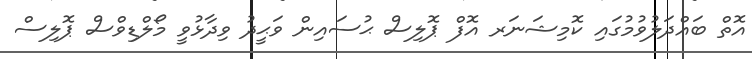
އޮތް ބައްދަލުވުމުގައި ކޮމިޝަނަރ އޮފް ޕޮލިސް ޙުސައިން ވަޙީދު ވިދާޅުވީ މޯލްޑިވްސް ޕޮލިސް